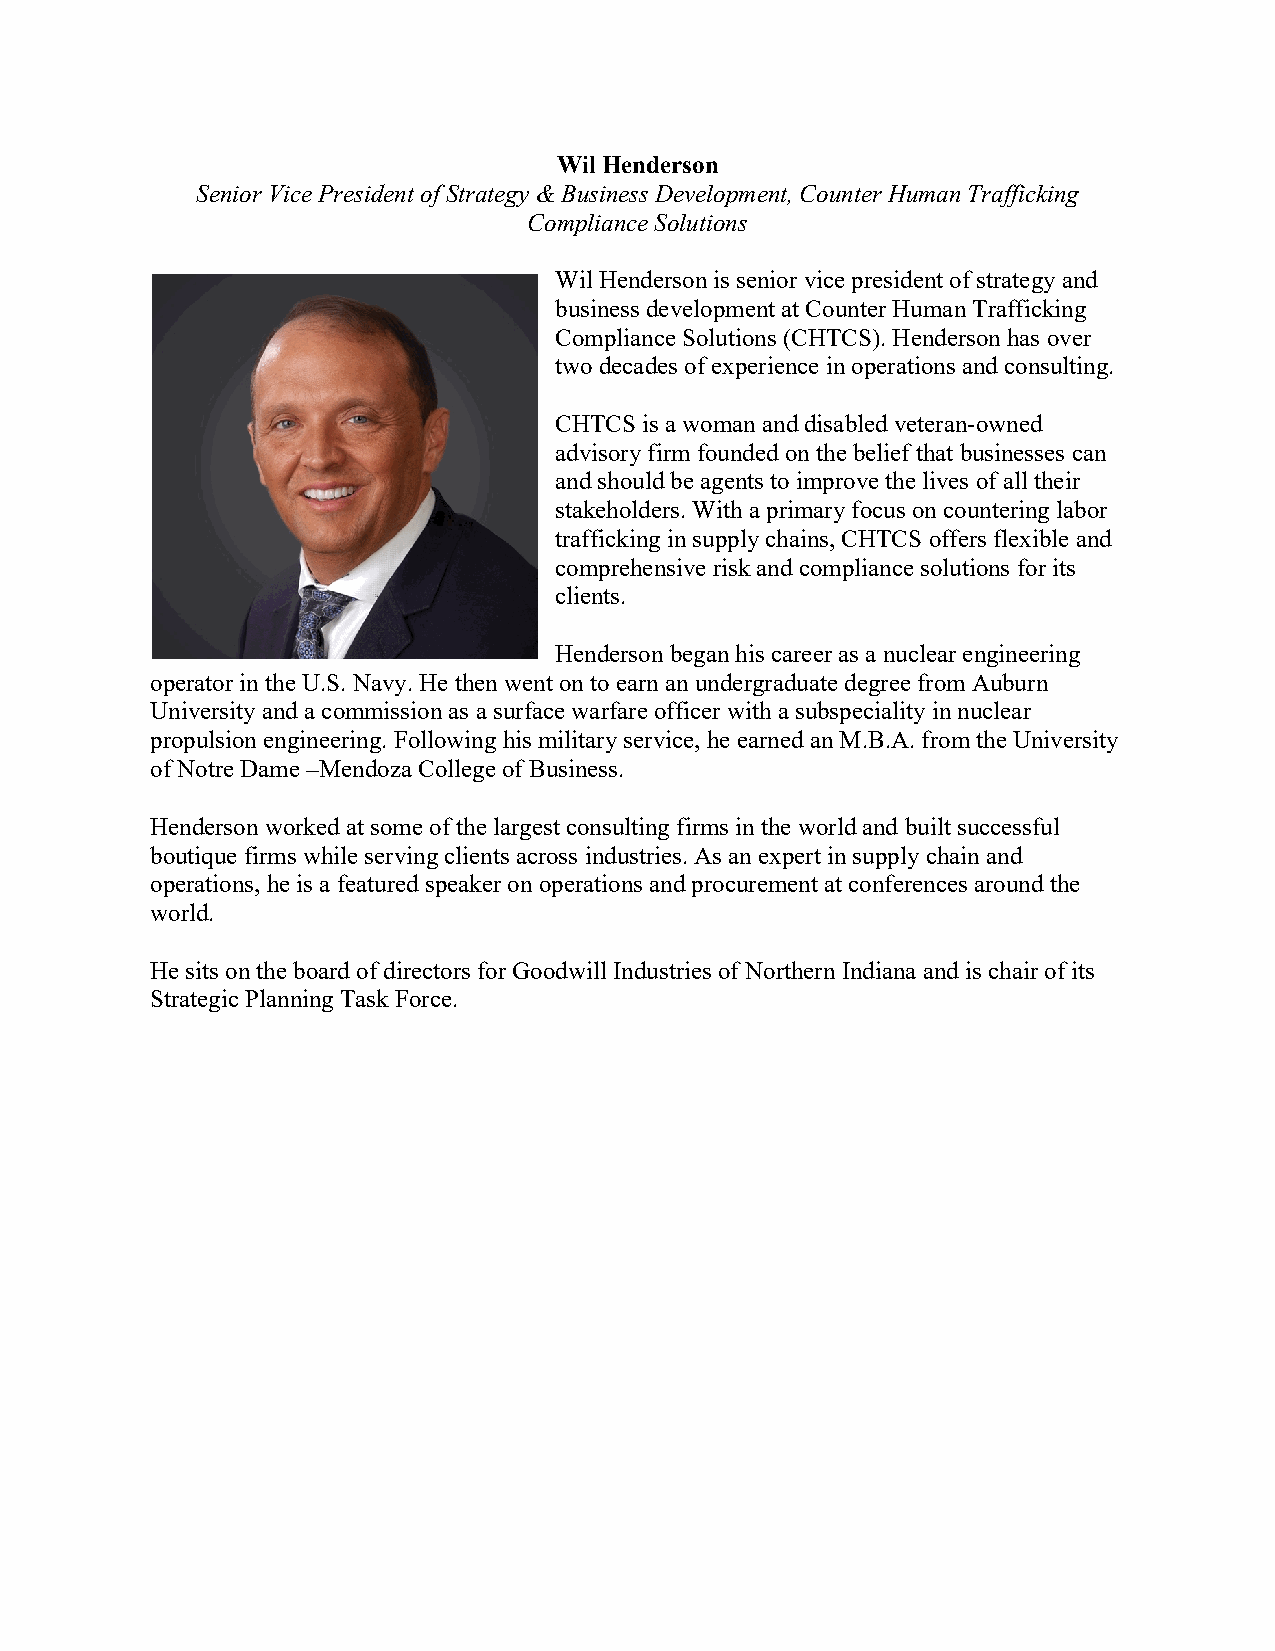
Wil Henderson
 Senior Vice President of Strategy & Business Development, Counter Human Trafficking
 Compliance Solutions
 Wil Henderson is senior vice president of strategy and
 business development at Counter Human Trafficking
 Compliance Solutions (CHTCS). Henderson has over
 two decades of experience in operations and consulting.
 CHTCS is a woman and disabled veteran-owned
 advisory firm founded on the belief that businesses can
 and should be agents to improve the lives of all their
 stakeholders. With a primary focus on countering labor
 trafficking in supply chains, CHTCS offers flexible and
 comprehensive risk and compliance solutions for its
 clients.
 Henderson began his career as a nuclear engineering
 operator in the U.S. Navy. He then went on to earn an undergraduate degree from Auburn
 University and a commission as a surface warfare officer with a subspeciality in nuclear
 propulsion engineering. Following his military service, he earned an M.B.A. from the University
 of Notre Dame –Mendoza College of Business.
 Henderson worked at some of the largest consulting firms in the world and built successful
 boutique firms while serving clients across industries. As an expert in supply chain and
 operations, he is a featured speaker on operations and procurement at conferences around the
 world.
 He sits on the board of directors for Goodwill Industries of Northern Indiana and is chair of its
 Strategic Planning Task Force.